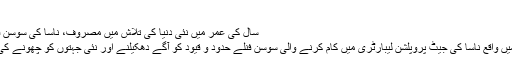
(© Emily Berl)
81 سال کی عمر میں نئی دنیا کی تلاش میں مصروف، ناسا کی سوسن فنلے سے ملیے
پیساڈینا، کیلیفورنیا میں واقع ناسا کی جیٹ پروپلشن لیبارٹری میں کام کرنے والی سوسن فنلے حدود و قیود کو آگے دھکیلنے اور نئی جہتوں کو چھونے کی عادی ہو چکی ہیں۔